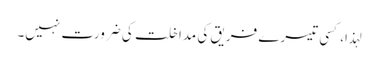
لہذا، کسی تیسرے فریق کی مداخلت کی ضرورت نہیں۔